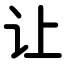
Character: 让